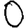
Digit: 0